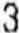
3